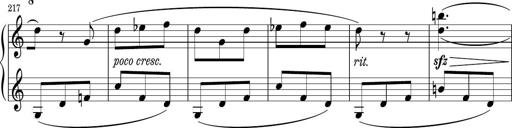
Title: Sonatina PandemÃ³nium
Composer: VÃ­ctor Carbajo
Key: C major